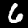
Digit: 6